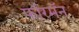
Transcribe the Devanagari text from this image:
फॉरमॅन